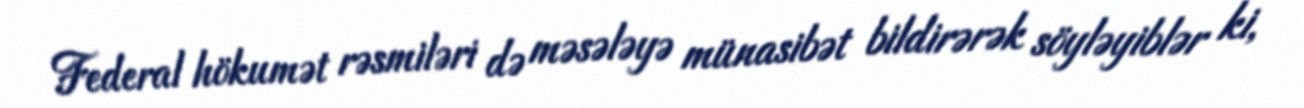
Federal hökumət rəsmiləri də məsələyə münasibət bildirərək söyləyiblər ki,